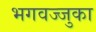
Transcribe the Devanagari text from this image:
भगवज्जुका